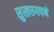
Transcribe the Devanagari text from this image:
सुखरुपपणे